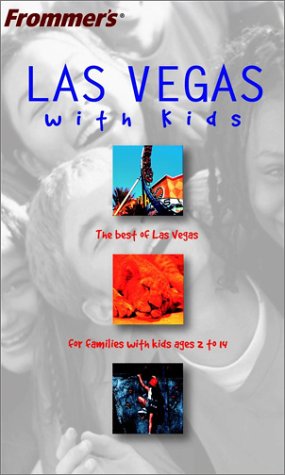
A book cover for Frommer's Las Vegas with Kids (Frommer's With Kids); Lisa Derrick; Travel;